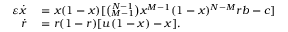
\begin{array} { r l } { \varepsilon \dot { x } } & { { } = x ( 1 - x ) [ \binom { N - 1 } { M - 1 } x ^ { M - 1 } ( 1 - x ) ^ { N - M } r b - c ] } \\ { \dot { r } } & { { } = r ( 1 - r ) [ u ( 1 - x ) - x ] . } \end{array}